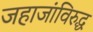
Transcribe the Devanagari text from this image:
जहाजांविरुद्ध